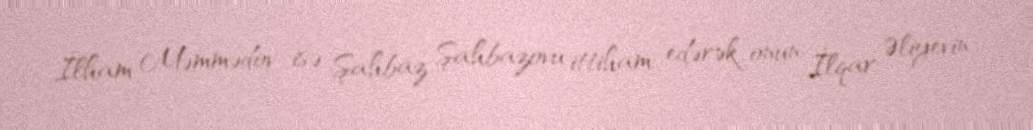
İlham Məmmədov isə Şahbaz Şahbazovu ittiham edərək onun İlqar Əliyevin